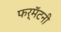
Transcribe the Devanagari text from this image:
फर्मॅटनी